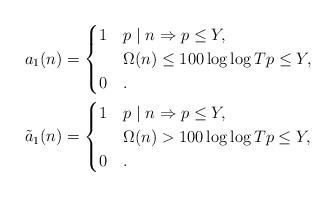
LaTeX: \begin{align*}a_1(n)&=\begin{cases}1 & p\mid n\Rightarrow p\leq Y,\\& \Omega(n)\leq 100\log\log Tp\leq Y,\\0 & .\end{cases}\\\tilde{a}_1(n)&=\begin{cases}1 & p\mid n\Rightarrow p\leq Y,\\& \Omega(n)> 100\log\log Tp\leq Y,\\0 & .\end{cases}\end{align*}